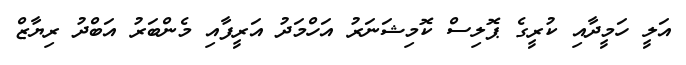
އަލީ ހަމީދާއި ކުރީގެ ޕޮލިސް ކޮމިޝަނަރު އަހްމަދު އަރީފާއި މެންބަރު އަބްދު ރިޔާޒް